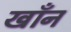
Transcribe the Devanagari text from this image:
खाँन